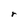
Character: r